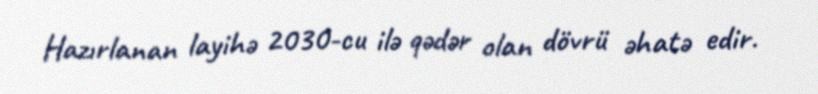
Hazırlanan layihə 2030-cu ilə qədər olan dövrü əhatə edir.